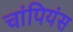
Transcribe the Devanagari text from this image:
चांपियंस